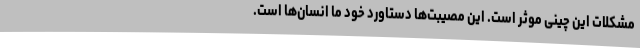
مشکلات این چینی موثر است. این مصیبت‌ها دستاورد خود ما انسان‌ها است.